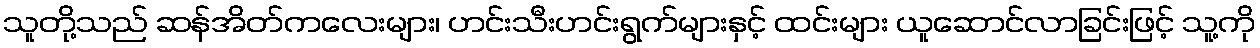
သူတို့သည် ဆန်အိတ်ကလေးများ၊ ဟင်းသီးဟင်းရွက်များနှင့် ထင်းများ ယူဆောင်လာခြင်းဖြင့် သူ့ကို